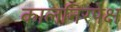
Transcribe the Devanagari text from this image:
कालनिरपेक्ष